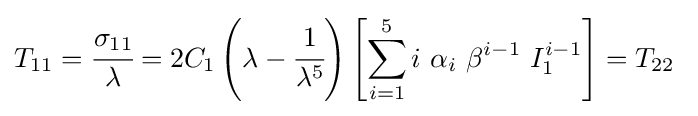
T_{11}={\cfrac {\sigma _{11}}{\lambda }}=2C_{1}\left(\lambda -{\cfrac {1}{\lambda ^{5}}}\right)\left[\sum _{i=1}^{5}i~\alpha _{i}~\beta ^{i-1}~I_{1}^{i-1}\right]=T_{22}~